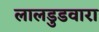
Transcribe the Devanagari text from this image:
लालडुडवारा